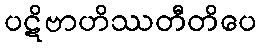
ပဋိဗာဟိဿတီတိပေ